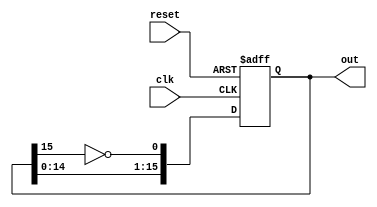
module jc_16bit(clk, reset, out);
  	input clk, reset;
  	output [15:0] out;
  	reg [15:0] dfr1;

  	always @(posedge clk or posedge reset)
  	begin
    		if (reset)
      			dfr1 <= 16'b0000000000000000;
    		else begin
      			dfr1[15] <= dfr1[14];
      			dfr1[14] <= dfr1[13];
      			dfr1[13] <= dfr1[12];
      			dfr1[12] <= dfr1[11];
      			dfr1[11] <= dfr1[10];
      			dfr1[10] <= dfr1[9];
      			dfr1[9] <= dfr1[8];
      			dfr1[8] <= dfr1[7];
      			dfr1[7] <= dfr1[6];
      			dfr1[6] <= dfr1[5];
      			dfr1[5] <= dfr1[4];
      			dfr1[4] <= dfr1[3];
     			dfr1[3] <= dfr1[2];
      			dfr1[2] <= dfr1[1];
      			dfr1[1] <= dfr1[0];
      			dfr1[0] <= ~dfr1[15];
    		end
  	end

  	assign out = dfr1;

endmodule